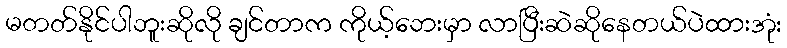
မတတ်နိုင်ပါဘူးဆိုလို ချင်တာက ကိုယ့်ဘေးမှာ လာပြီးဆဲဆိုနေတယ်ပဲထားအုံး